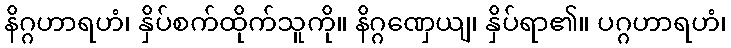
နိဂ္ဂဟာရဟံ၊ နှိပ်စက်ထိုက်သူကို။ နိဂ္ဂဏှေယျ၊ နှိပ်ရာ၏။ ပဂ္ဂဟာရဟံ၊